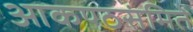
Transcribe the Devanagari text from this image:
आकण्ठसंमिते